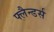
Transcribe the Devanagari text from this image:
फ्लैन्डर्स